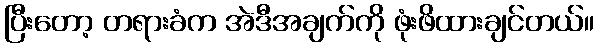
ပြီးတော့ တရားခံက အဲဒီအချက်ကို ဖုံးဖိထားချင်တယ်။